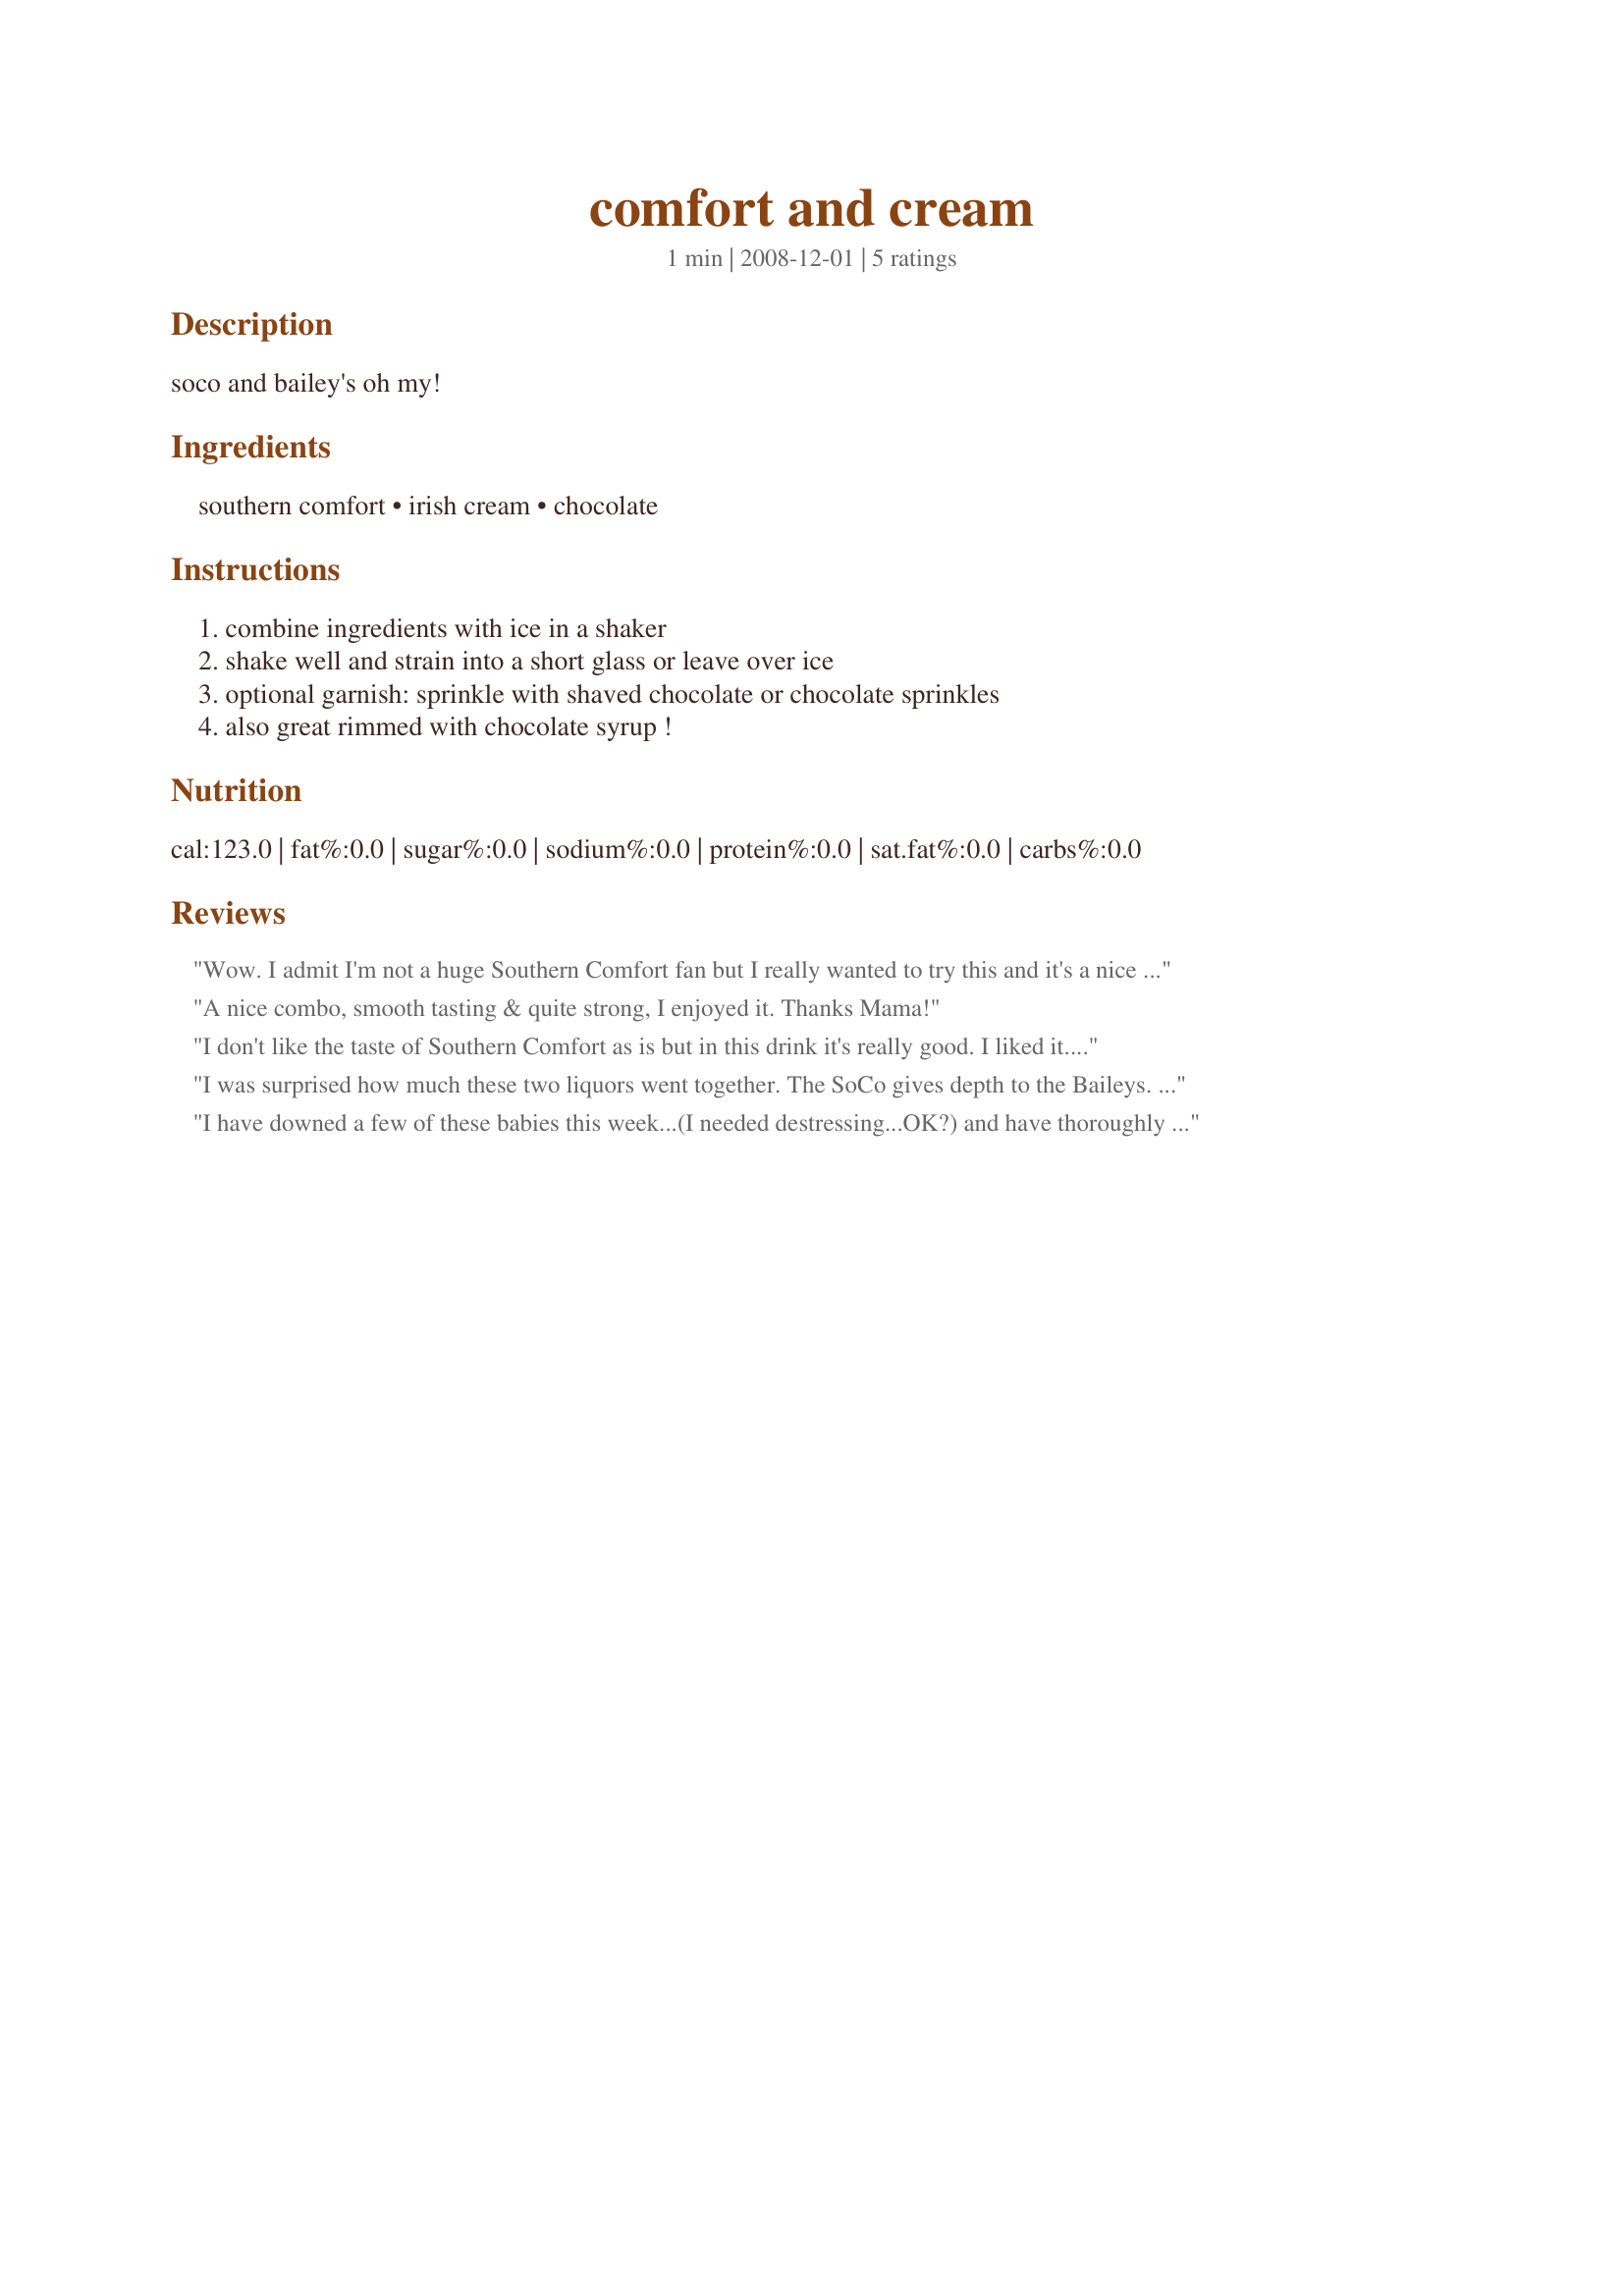
comfort and cream
Preparation time: 1 minutes

soco and bailey's oh my!

Ingredients:
southern comfort, irish cream, chocolate

Steps:
combine ingredients with ice in a shaker, shake well and strain into a short glass or leave over ice, optional garnish: sprinkle with shaved chocolate or chocolate sprinkles, also great rimmed with chocolate syrup !

Reviews:
Wow. I admit I'm not a huge Southern Comfort fan but I really wanted to try this and it's a nice surprise.. nice and smooth, with a firey finish. I prefer having it over ice to let the drink mellow out a bit more. Thank you!
A nice combo, smooth tasting & quite strong, I enjoyed it. Thanks Mama!
I don't like the taste of Southern Comfort as is but in this drink it's really good. I liked it. Thanks Hope. Made for Beverage tag game.
I was surprised how much these two liquors went together. The SoCo gives depth to the Baileys. Very smooth and creamy!
I have downed a few of these babies this week...(I needed destressing...OK?) and have thoroughly enjoyed each and every "sip". This is really a great combination, it intrgued me as I love both on their own, but somehow putting them together would have never occured to me. I am thrilled it occured to someone because this is quickly becoming my "go to" drink.
